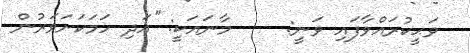
ވަޙީކުރައްވާފައި ވަނީ:     މާނައަކީ: ''އަދި ހަމަކަށަވަރުން